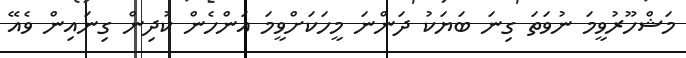
މަޝްހޫރުވީމަ ނުވަތަ ގިނަ ބަޔަކު ދަންނަ މީހަކަށްވީމަ އަންހެން ކުދިން ގިނައިން ވެއޭ